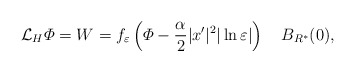
\begin{align*}\mathcal{L}_H\varPhi=W=f_\varepsilon\left( \varPhi-\frac{\alpha}{2}|x'|^2|\ln\varepsilon|\right) \ \ \ B_{R^*}(0),\end{align*}